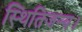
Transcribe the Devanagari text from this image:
स्थितिजन्य।